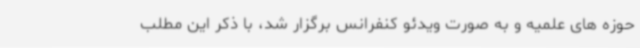
حوزه های علمیه و به صورت ویدئو کنفرانس برگزار شد، با ذکر این مطلب